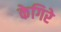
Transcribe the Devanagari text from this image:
केगिरे